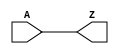
module CLKBUF_X2 (A, Z);
  input A;
  output Z;
  buf(Z, A);
  specify
    (A => Z) = (0.1, 0.1);
  endspecify
endmodule